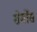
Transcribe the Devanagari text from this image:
सेर्मोंस